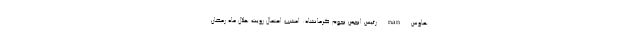
هاوس nan رئیس انجمن نجوم کرمانشاه: امشب احتمال رویت هلال ماه رمضان